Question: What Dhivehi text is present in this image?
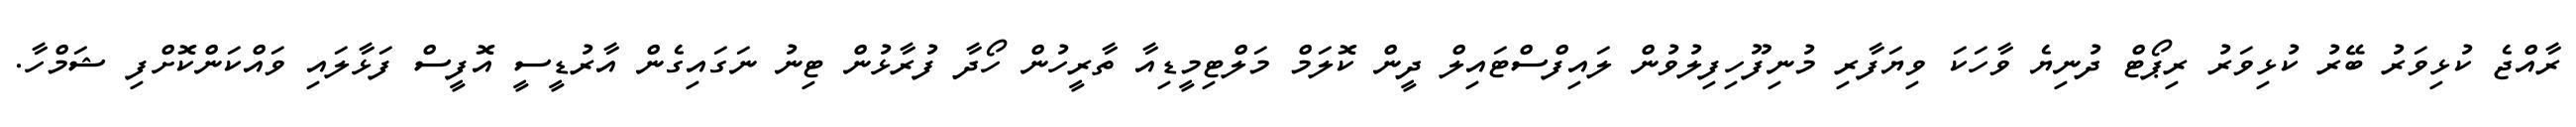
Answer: ރާއްޖެ ކުޅިވަރު ބޭރު ކުޅިވަރު ރިޕޯޓް ދުނިޔެ ވާހަކަ ވިޔަފާރި މުނިފޫހިފިލުވުން ލައިފްސްޓައިލް ދީން ކޮލަމް މަލްޓިމީޑިއާ ތާރީހުން ހޯދާ ފުރާޅުން ޓިނު ނަގައިގެން އާރުޑީސީ އޮފީސް ފަޅާލައި ވައްކަންކޮށްފި ޝަމްހާ.